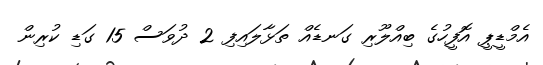
އެމްޑީޕީ އޮފީހުގެ ބިއްލޫރި ގަނޑެއް ތަޅާލައިފި 2 ދުވަސް 15 ގަޑި ކުރިން